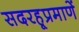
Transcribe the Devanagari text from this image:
सदरहूप्रमाणें